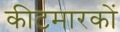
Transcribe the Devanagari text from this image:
कीटमारकों